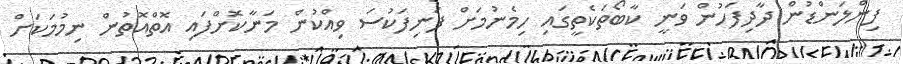
ފިންލަންޑުން ދާދިފަހުން ވަނީ ކާބޯތަކެތީގައި ހިމެނުމަށް ފަނިފަކުސަ ވިއްކުން މަނާކޮށްފައި އޮތްއޮތުން ނިމުމަކަށް